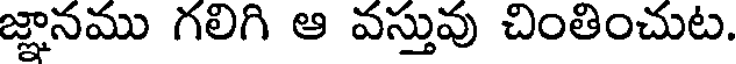
జ్ఞానము గలిగి ఆ వస్తువు చింతించుట.